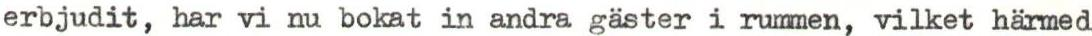
erbjudit, har vi nu bokat in andra gäster i rummen, vilket härmed